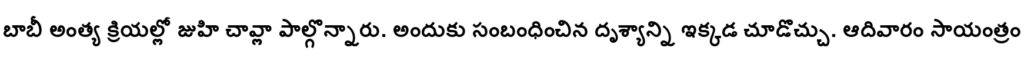
బాబీ అంత్య క్రియల్లో జుహి చావ్లా పాల్గొన్నారు. అందుకు సంబంధించిన దృశ్యాన్ని ఇక్కడ చూడొచ్చు. ఆదివారం సాయంత్రం